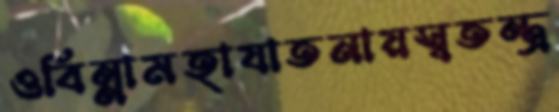
ওবিন্নামহাযাতনায়স্বতন্ত্র